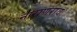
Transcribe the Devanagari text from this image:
नाराणराव